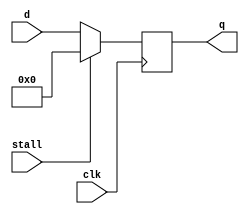
`timescale 1ns / 1ps
//////////////////////////////////////////////////////////////////////////////////
// Company: 
// Engineer: 
// 
// Design Name: 
// Module Name:    floprs 
// Project Name: 
// Target Devices: 
// Tool versions: 
// Description: 
//
// Dependencies: 
//
// Revision: 
// Revision 0.01 - File Created
// Additional Comments: 
//
//////////////////////////////////////////////////////////////////////////////////
module floprs(clk,stall,d,q
    );
    parameter width=32;
	 input clk;
	 input stall;
	 input [width-1:0]d;
	 output reg[width-1:0]q;
	 
	 always@(posedge clk)
	 begin
		if(stall)
			q=0;
		else
			q=d;
	 end


endmodule